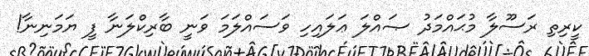
ކީރިތި ރަސޫލާ މުޙައްމަދު ޞައްލަ ޢަލައިހި ވަސައްލަމަ ވަނީ ބާރިކްލަނާ ފީ ޔަމަނިނާ!